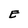
Character: E